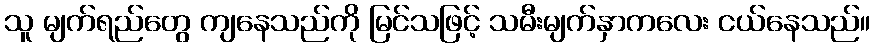
သူ မျက်ရည်တွေ ကျနေသည်ကို မြင်သဖြင့် သမီးမျက်နှာကလေး ငယ်နေသည်။